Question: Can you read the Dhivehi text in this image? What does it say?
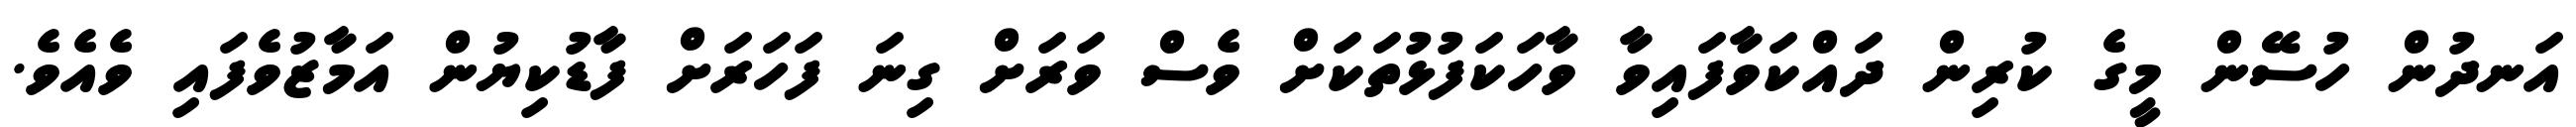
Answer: އަނދުން ހުސޭން މީގެ ކުރިން ދައްކަވާފައިވާ ވާހަކަފުޅުތަކަށް ވެސް ވަރަށް ގިނަ ފަހަރަށް ފާޑުކިޔުން އަމާޒުވެފައި ވެއެވެ.